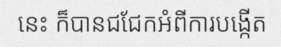
នេះ ក៏បានជជែកអំពីការបង្កើត